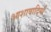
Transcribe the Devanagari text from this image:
आशावादियों